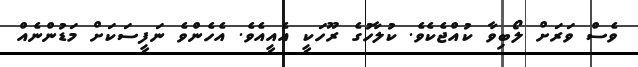
ވެސް ވަރަށް ލޯބިވާ ކުއްޖެކެވެ. ކުލާހުގެ ރޫހަކީ އެއީއެވެ. އެހެންވެ ނަފީސަކަށް މަޑުންނެއް